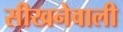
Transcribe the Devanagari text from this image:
सीखनेवाली